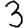
Digit: 3